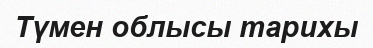
Түмен облысы тарихы